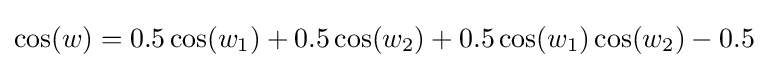
\cos(w)=0.5\cos(w_{1})+0.5\cos(w_{2})+0.5\cos(w_{1})\cos(w_{2})-0.5